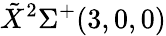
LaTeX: \tilde{X}^{2}\Sigma^{+}(3,0,0)